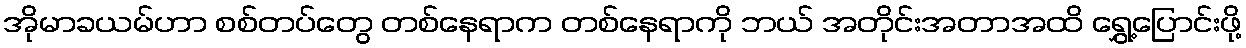
အိုမာခယမ်ဟာ စစ်တပ်တွေ တစ်နေရာက တစ်နေရာကို ဘယ် အတိုင်းအတာအထိ ရွှေ့ပြောင်းဖို့